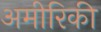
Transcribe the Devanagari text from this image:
अमीरिकी